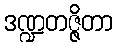
ဒဏ္ဍတဇ္ဇိတာ